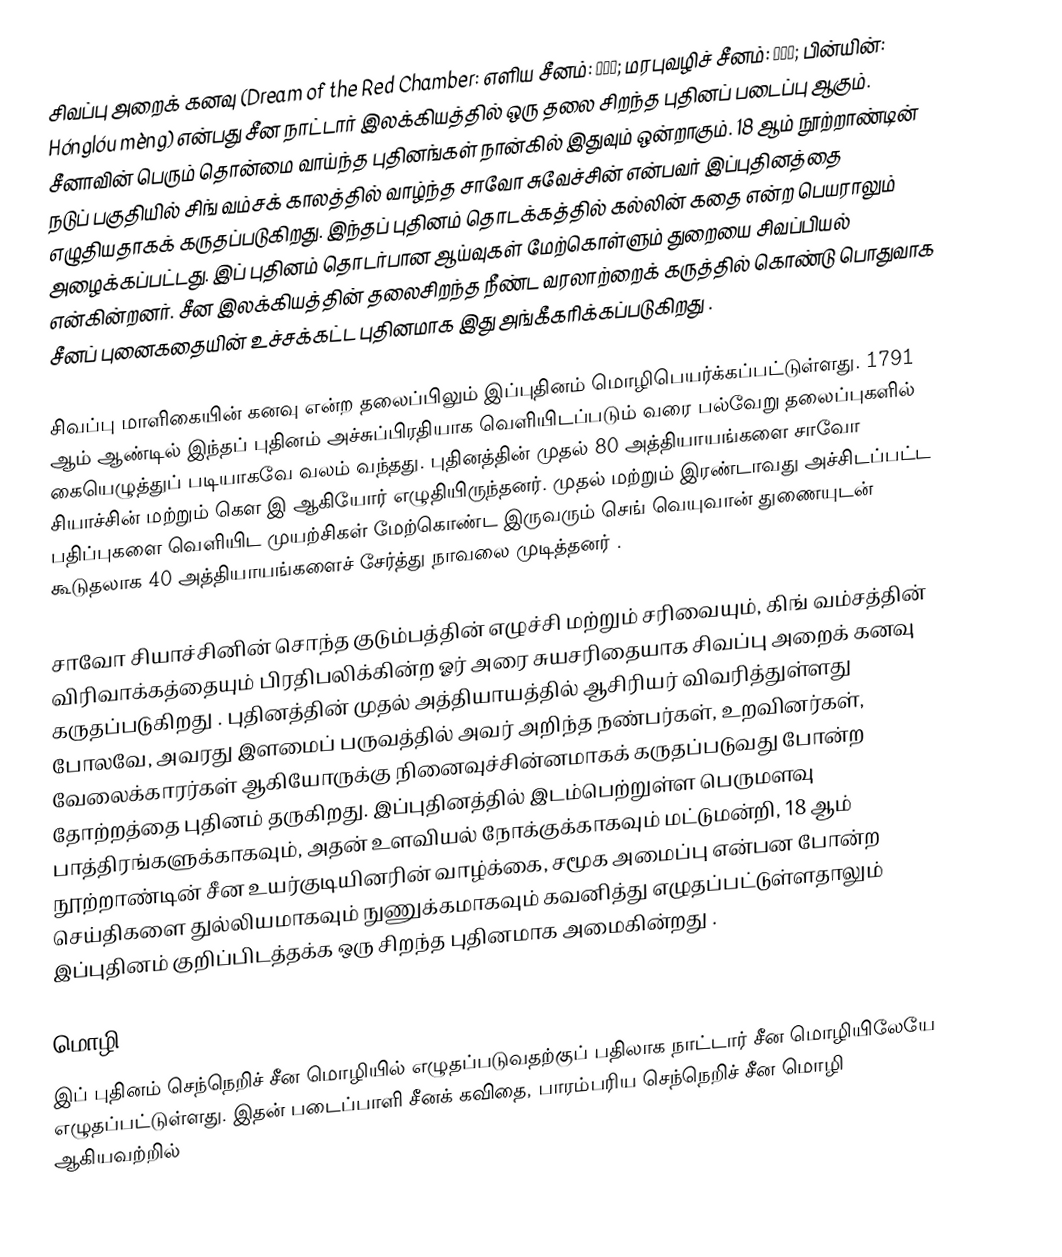
சிவப்பு அறைக் கனவு (Dream of the Red Chamber: எளிய சீனம்: 红楼梦; மரபுவழிச் சீனம்: 紅樓夢; பின்யின்: Hónglóu mèng) என்பது சீன நாட்டார் இலக்கியத்தில் ஒரு தலை சிறந்த புதினப் படைப்பு ஆகும். சீனாவின் பெரும் தொன்மை வாய்ந்த புதினங்கள் நான்கில் இதுவும் ஒன்றாகும். 18 ஆம் நூற்றாண்டின் நடுப் பகுதியில் சிங் வம்சக் காலத்தில் வாழ்ந்த சாவோ சுவேச்சின் என்பவர் இப்புதினத்தை எழுதியதாகக் கருதப்படுகிறது.  இந்தப் புதினம் தொடக்கத்தில் கல்லின் கதை என்ற பெயராலும் அழைக்கப்பட்டது. இப் புதினம் தொடர்பான ஆய்வுகள் மேற்கொள்ளும் துறையை சிவப்பியல் என்கின்றனர். சீன இலக்கியத்தின் தலைசிறந்த நீண்ட வரலாற்றைக் கருத்தில் கொண்டு  பொதுவாக சீனப் புனைகதையின் உச்சக்கட்ட புதினமாக இது அங்கீகரிக்கப்படுகிறது .

சிவப்பு மாளிகையின் கனவு என்ற தலைப்பிலும் இப்புதினம் மொழிபெயர்க்கப்பட்டுள்ளது. 1791 ஆம் ஆண்டில் இந்தப் புதினம் அச்சுப்பிரதியாக வெளியிடப்படும் வரை பல்வேறு தலைப்புகளில் கையெழுத்துப் படியாகவே வலம் வந்தது. புதினத்தின் முதல் 80 அத்தியாயங்களை சாவோ சியாச்சின் மற்றும் கௌ இ ஆகியோர் எழுதியிருந்தனர். முதல் மற்றும் இரண்டாவது அச்சிடப்பட்ட பதிப்புகளை வெளியிட முயற்சிகள் மேற்கொண்ட இருவரும் செங் வெயுவான் துணையுடன் கூடுதலாக 40  அத்தியாயங்களைச் சேர்த்து நாவலை முடித்தனர் .

சாவோ சியாச்சினின் சொந்த குடும்பத்தின் எழுச்சி மற்றும் சரிவையும், கிங் வம்சத்தின் விரிவாக்கத்தையும் பிரதிபலிக்கின்ற ஓர் அரை சுயசரிதையாக சிவப்பு அறைக் கனவு கருதப்படுகிறது . புதினத்தின் முதல் அத்தியாயத்தில் ஆசிரியர் விவரித்துள்ளது போலவே, அவரது இளமைப் பருவத்தில் அவர் அறிந்த நண்பர்கள், உறவினர்கள், வேலைக்காரர்கள் ஆகியோருக்கு நினைவுச்சின்னமாகக் கருதப்படுவது போன்ற தோற்றத்தை புதினம் தருகிறது. இப்புதினத்தில் இடம்பெற்றுள்ள பெருமளவு பாத்திரங்களுக்காகவும், அதன் உளவியல் நோக்குக்காகவும் மட்டுமன்றி, 18 ஆம் நூற்றாண்டின் சீன உயர்குடியினரின் வாழ்க்கை, சமூக அமைப்பு என்பன போன்ற செய்திகளை துல்லியமாகவும்  நுணுக்கமாகவும் கவனித்து எழுதப்பட்டுள்ளதாலும்  இப்புதினம் குறிப்பிடத்தக்க ஒரு சிறந்த புதினமாக அமைகின்றது .

மொழி
இப் புதினம் செந்நெறிச் சீன மொழியில் எழுதப்படுவதற்குப் பதிலாக நாட்டார் சீன மொழியிலேயே எழுதப்பட்டுள்ளது. இதன் படைப்பாளி சீனக் கவிதை, பாரம்பரிய செந்நெறிச் சீன மொழி ஆகியவற்றில்